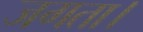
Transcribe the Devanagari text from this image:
जगता।